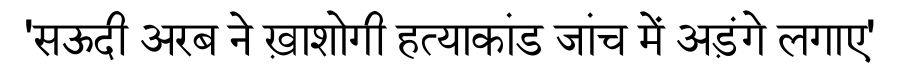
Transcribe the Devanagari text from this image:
'सऊदी अरब ने ख़ाशोगी हत्याकांड जांच में अड़ंगे लगाए'